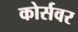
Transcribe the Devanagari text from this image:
कोर्सवर